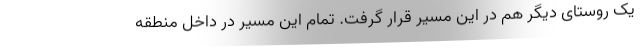
یک روستای دیگر هم در این مسیر قرار گرفت. تمام این مسیر در داخل منطقه